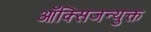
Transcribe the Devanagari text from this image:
ऑक्सिजन्युक्त